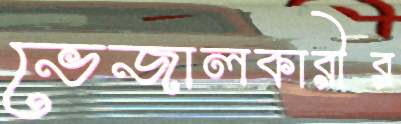
ভেজালকারীর